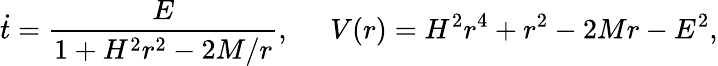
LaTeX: \dot{t}=\frac{E}{1+H^{2}r^{2}-2M/r},\; \; \; \; \; V(r)=H^{2}r^{4}+r^{2}-2Mr-E^{2},